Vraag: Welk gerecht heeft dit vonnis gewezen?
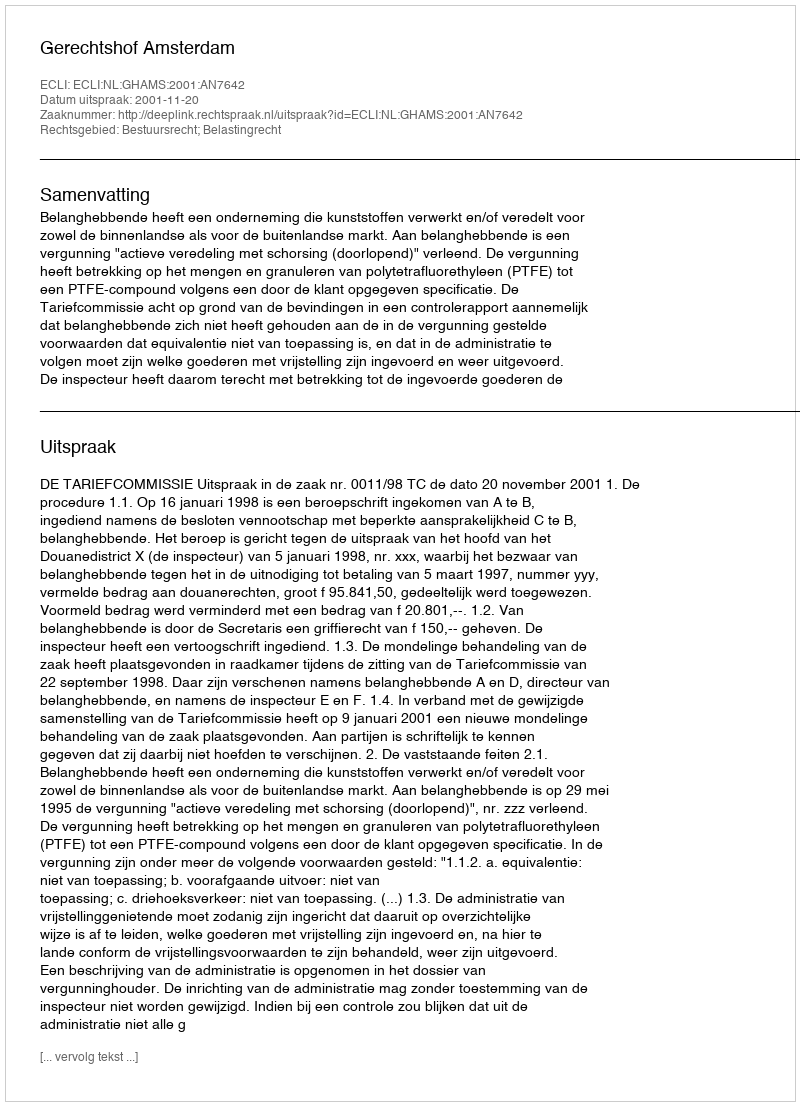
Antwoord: Gerechtshof Amsterdam